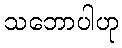
သဘောပါဟု